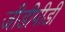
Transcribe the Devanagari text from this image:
जीडीपीडी